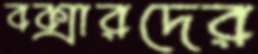
বক্সারদের